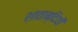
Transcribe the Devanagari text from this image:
शाताब्दियों